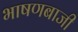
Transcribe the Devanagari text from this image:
भाषणबाजी